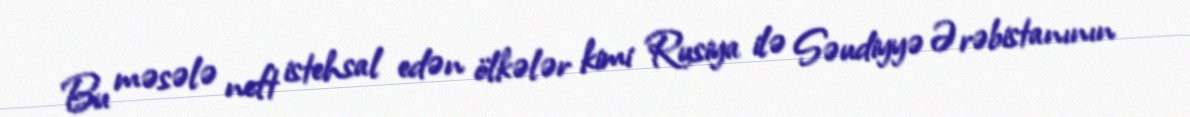
Bu məsələ neft istehsal edən ölkələr kimi Rusiya ilə Səudiyyə Ərəbistanının